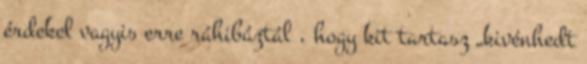
érdekel vagyis erre ráhibáztál , hogy kit tartasz „kivénhedt